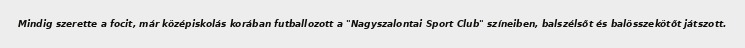
Mindig szerette a focit, már középiskolás korában futballozott a "Nagyszalontai Sport Club" színeiben, balszélsőt és balösszekötőt játszott.